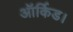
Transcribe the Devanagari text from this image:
ऑर्किड।